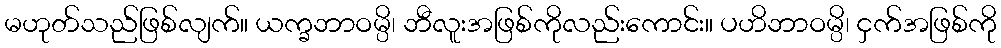
မဟုတ်သည်ဖြစ်လျက်။ ယက္ခဘာဝမ္ပိ၊ ဘီလူးအဖြစ်ကိုလည်းကောင်း။ ပဟိဘာဝမ္ပိ၊ ငှက်အဖြစ်ကို